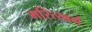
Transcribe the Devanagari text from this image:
मरित्स्बर्ग